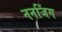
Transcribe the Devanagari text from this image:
ननजिंग